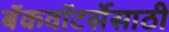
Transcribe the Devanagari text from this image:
बॅकवॉटर्सेसाठी